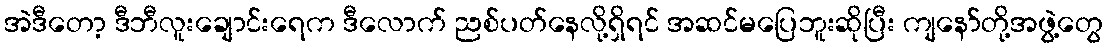
အဲဒီတော့ ဒီဘီလူးချောင်းရေက ဒီလောက် ညစ်ပတ်နေလို့ရှိရင် အဆင်မပြေဘူးဆိုပြီး ကျနော်တို့အဖွဲ့တွေ